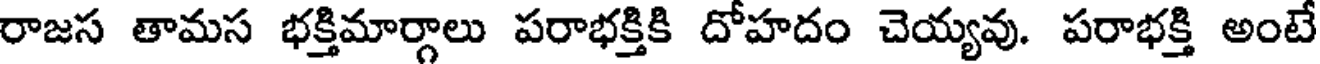
రాజస తామస భక్తిమార్గాలు పరాభక్తికి దోహదం చెయ్యవు. పరాభక్తి అంటే